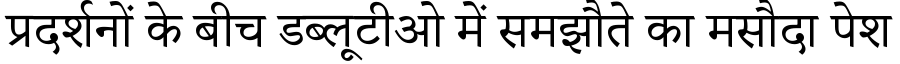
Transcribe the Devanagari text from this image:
प्रदर्शनों के बीच डब्लूटीओ में समझौते का मसौदा पेश